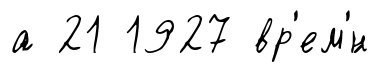
а 21 1927 вр'ем'́н